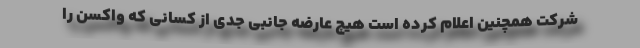
شرکت همچنین اعلام کرده است هیچ عارضه جانبی جدی از کسانی که واکسن را